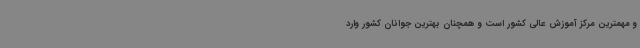
و مهمترین مرکز آموزش عالی کشور است و همچنان بهترین جوانان کشور وارد